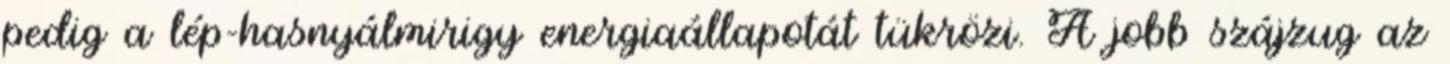
pedig a lép-hasnyálmirigy energiaállapotát tükrözi. A jobb szájzug az